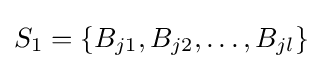
S_{1}=\{B_{j1},B_{j2},\ldots ,B_{jl}\}